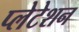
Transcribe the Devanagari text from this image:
प्लेटेशन